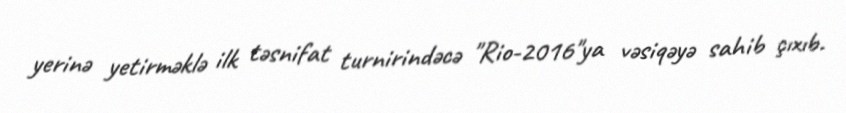
yerinə yetirməklə ilk təsnifat turnirindəcə "Rio-2016"ya vəsiqəyə sahib çıxıb.